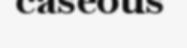
caseous